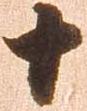
十